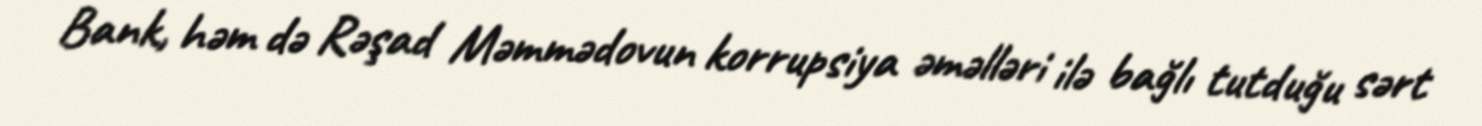
Bank, həm də Rəşad Məmmədovun korrupsiya əməlləri ilə bağlı tutduğu sərt